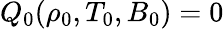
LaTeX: Q_{0}(\rho_{0},T_{0},B_{0})=0